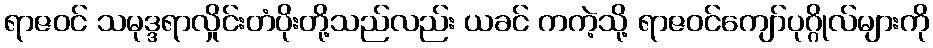
ရာဇဝင် သမုဒ္ဒရာလှိုင်းတံပိုးတို့သည်လည်း ယခင် ကကဲ့သို့ ရာဇဝင်ကျော်ပုဂ္ဂိုလ်များကို